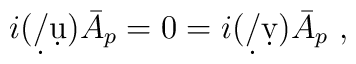
i(\d/\d u) \bar A_p = 0 =  i(\d/\d v) \bar A_p~,